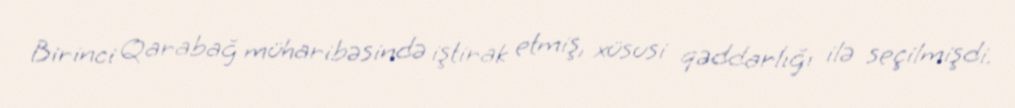
Birinci Qarabağ müharibəsində iştirak etmiş, xüsusi qəddarlığı ilə seçilmişdi.